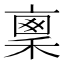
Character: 𥠤